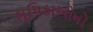
ભૂમિકાઓનો